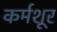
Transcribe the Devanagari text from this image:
कर्मशूर